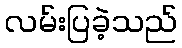
လမ်းပြခဲ့သည်